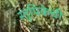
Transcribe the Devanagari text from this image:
स्तूपिकेची